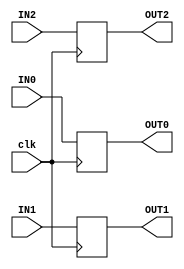

module routing_test(IN0,IN1,IN2, clk, OUT0,OUT1,OUT2);

input wire IN0,IN1,IN2,clk;

output reg OUT0, OUT1, OUT2;

always @(posedge clk)
	begin

		OUT0  <=  IN0;
		OUT1  <=  IN1;
		OUT2  <=  IN2;

	end



endmodule